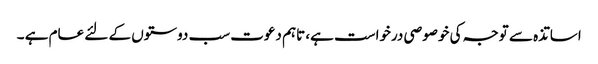
اساتذہ سے توجہ کی خوصوصی درخواست ہے، تاہم دعوت سب دوستوں کے لئے عام ہے ۔